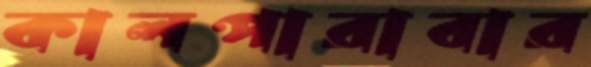
কালপারাবার